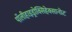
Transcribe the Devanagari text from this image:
पॉलीहाइड्रोक्सिहेक्सानोट